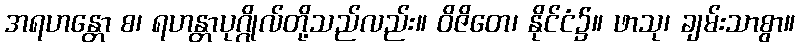
အရဟန္တော စ၊ ရဟန္တာပုဂ္ဂိုလ်တို့သည်လည်း။ ဝိဇိတေ၊ နိုင်ငံ၌။ ဖာသု၊ ချမ်းသာစွာ။